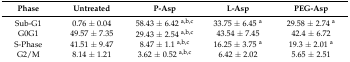
| Phase | Untreated | P-Asp | L-Asp | PEG-Asp |
 | --- | --- | --- | --- | --- |
 | Sub-G1 | 0.76 ± 0.04 | 58.43 ± 6.42 a,b,c | 33.75 ± 6.45 a | 29.58 ± 2.74 a |
 | G0G1 | 49.57 ± 7.35 | 29.43 ± 2.54 a,b,c | 43.54 ± 7.45 | 42.4 ± 6.72 |
 | S-Phase | 41.51 ± 9.47 | 8.47 ± 1.1 a,b,c | 16.25 ± 3.75 a | 19.3 ± 2.01 a |
 | G2/M | 8.14 ± 1.21 | 3.62 ± 0.52 a,b,c | 6.42 ± 2.02 | 5.65 ± 2.51 |